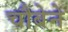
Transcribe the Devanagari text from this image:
चौबेने